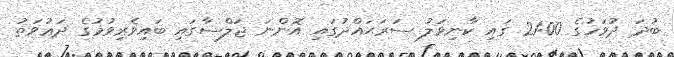
ބުދަ ދުވަހުގެ 21:00 ގައި ކާނިވަލު ސަރަޙައްދުގައި އޮންނަ ޖަލްސާގައި ބައިވެރިވުމުގެ ދަޢުވަތު